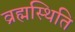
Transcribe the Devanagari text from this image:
व्रह्मस्थिति